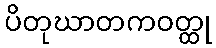
ပိတုဃာတကဝတ္ထု